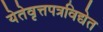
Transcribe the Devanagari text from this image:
येतेवृत्तपत्रविद्येत